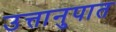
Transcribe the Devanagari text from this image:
उत्तानुपात